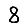
Digit: 8